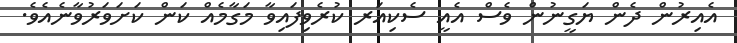
އެއިރުން ދެން ޔަގީނުން ވެސް އެއީ ސެކިއަރ ކުރެވިފައިވާ މަގާމެއް ކަން ކަށަވަރުވާނެއެވެ.